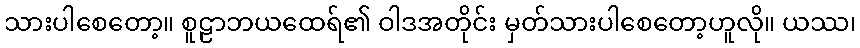
သားပါစေတော့။ စူဠာဘယထေရ်၏ ဝါဒအတိုင်း မှတ်သားပါစေတော့ဟူလို။ ယဿ၊